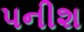
પનીશ